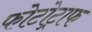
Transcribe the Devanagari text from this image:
फोटोट्राफ